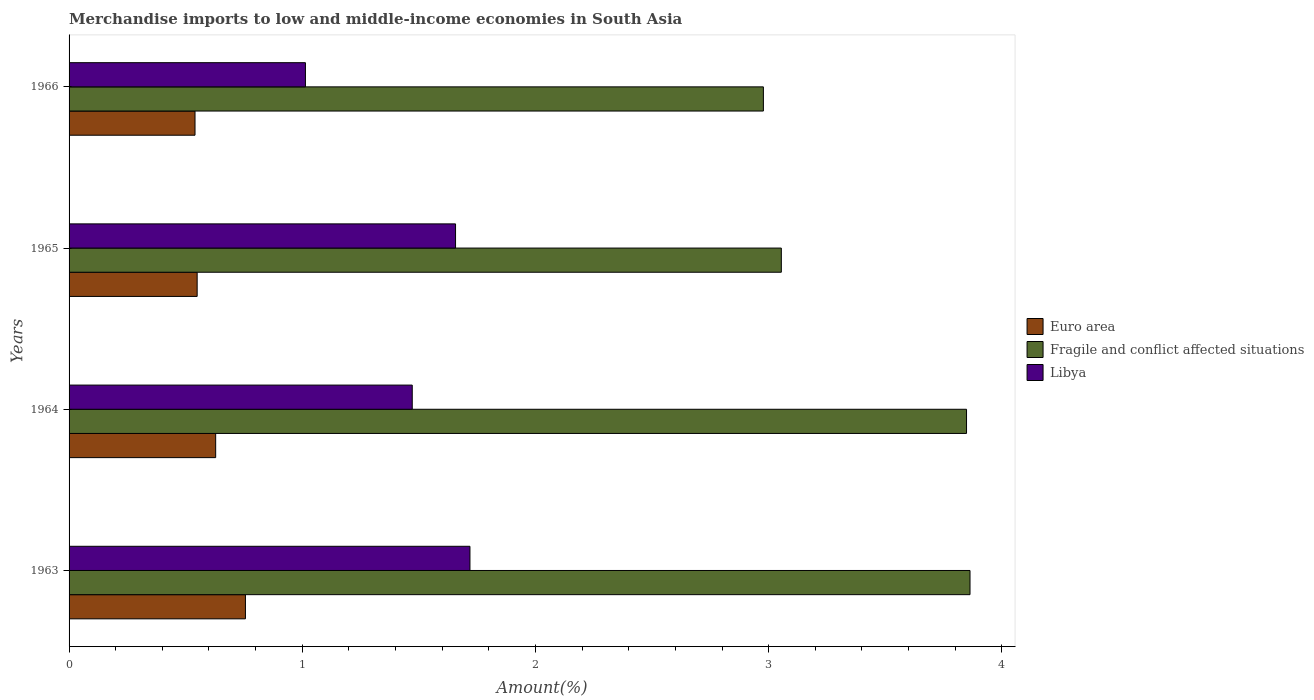
| Years | Euro area | Fragile and conflict affected situations | Libya |
 | --- | --- | --- | --- |
 | 1963 | 0.756 | 3.86 | 1.72 |
 | 1964 | 0.629 | 3.85 | 1.47 |
 | 1965 | 0.549 | 3.05 | 1.66 |
 | 1966 | 0.54 | 2.98 | 1.01 |